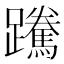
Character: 䠮